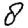
Digit: 8